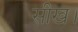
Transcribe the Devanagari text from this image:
सीख।